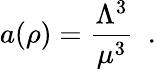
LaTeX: a(\rho)=\frac{\Lambda^{3}}{\mu^{3}}~~.